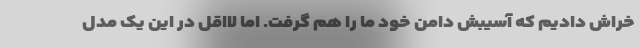
خراش دادیم که آسیبش دامن خود ما را هم گرفت. اما لااقل در این یک مدل